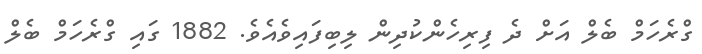
ގްރެހަމް ބެލް އަށް ދެ ފިރިހެންކުދިން ލިބިފައިވެއެވެ. 1882 ގައި ގްރެހަމް ބެލް